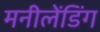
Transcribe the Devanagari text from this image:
मनीलेंडिंग